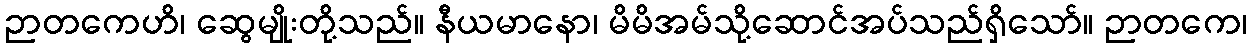
ဉာတကေဟိ၊ ဆွေမျိုးတို့သည်။ နီယမာနော၊ မိမိအမ်သို့ဆောင်အပ်သည်ရှိသော်။ ဉာတကေ၊